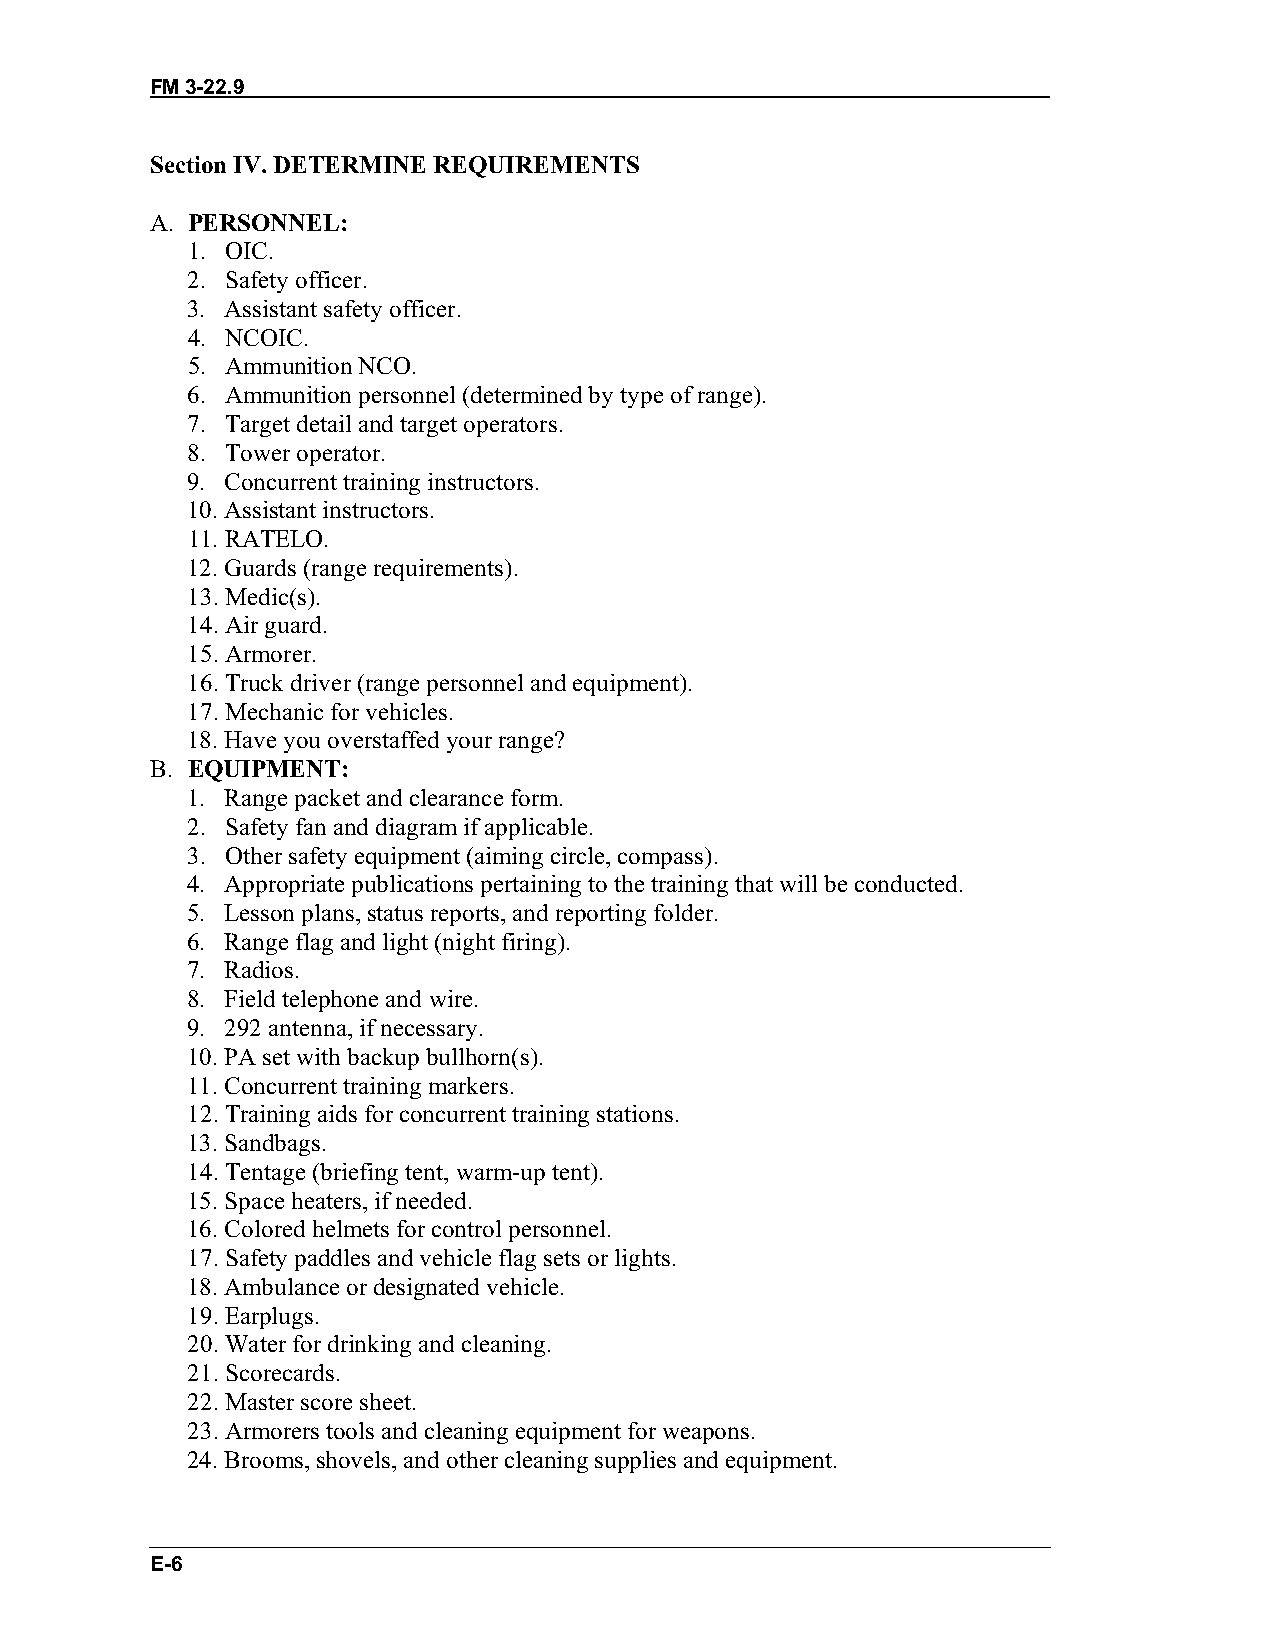
FM 3-22.9
 Section IV. DETERMINE REQUIREMENTS
 A. PERSONNEL:
 1. OIC.
 2. Safety officer.
 3. Assistant safety officer.
 4. NCOIC.
 5. Ammunition NCO.
 6. Ammunition personnel (determined by type of range).
 7. Target detail and target operators.
 8. Tower operator.
 9. Concurrent training instructors.
 10. Assistant instructors.
 11. RATELO.
 12. Guards (range requirements).
 13. Medic(s).
 14. Air guard.
 15. Armorer.
 16. Truck driver (range personnel and equipment).
 17. Mechanic for vehicles.
 18. Have you overstaffed your range?
 B. EQUIPMENT:
 1. Range packet and clearance form.
 2. Safety fan and diagram if applicable.
 3. Other safety equipment (aiming circle, compass).
 4. Appropriate publications pertaining to the training that will be conducted.
 5. Lesson plans, status reports, and reporting folder.
 6. Range flag and light (night firing).
 7. Radios.
 8. Field telephone and wire.
 9. 292 antenna, if necessary.
 10. PA set with backup bullhorn(s).
 11. Concurrent training markers.
 12. Training aids for concurrent training stations.
 13. Sandbags.
 14. Tentage (briefing tent, warm-up tent).
 15. Space heaters, if needed.
 16. Colored helmets for control personnel.
 17. Safety paddles and vehicle flag sets or lights.
 18. Ambulance or designated vehicle.
 19. Earplugs.
 20. Water for drinking and cleaning.
 21. Scorecards.
 22. Master score sheet.
 23. Armorers tools and cleaning equipment for weapons.
 24. Brooms, shovels, and other cleaning supplies and equipment.
 E-6